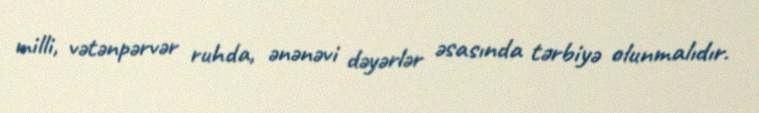
milli, vətənpərvər ruhda, ənənəvi dəyərlər əsasında tərbiyə olunmalıdır.